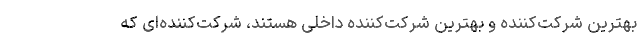
بهترین شرکت‌کننده و بهترین شرکت‌کننده داخلی هستند، شرکت‌کننده‌ای که